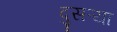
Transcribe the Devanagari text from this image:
दुसऱ्या